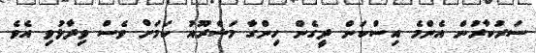
ސަރުކާރުން އެންމެ އިސްކަން ދީގެން ހިންގާ މަޝްރޫއު ކަމަށް ވެސް ވިދާޅުވި އެވެ.